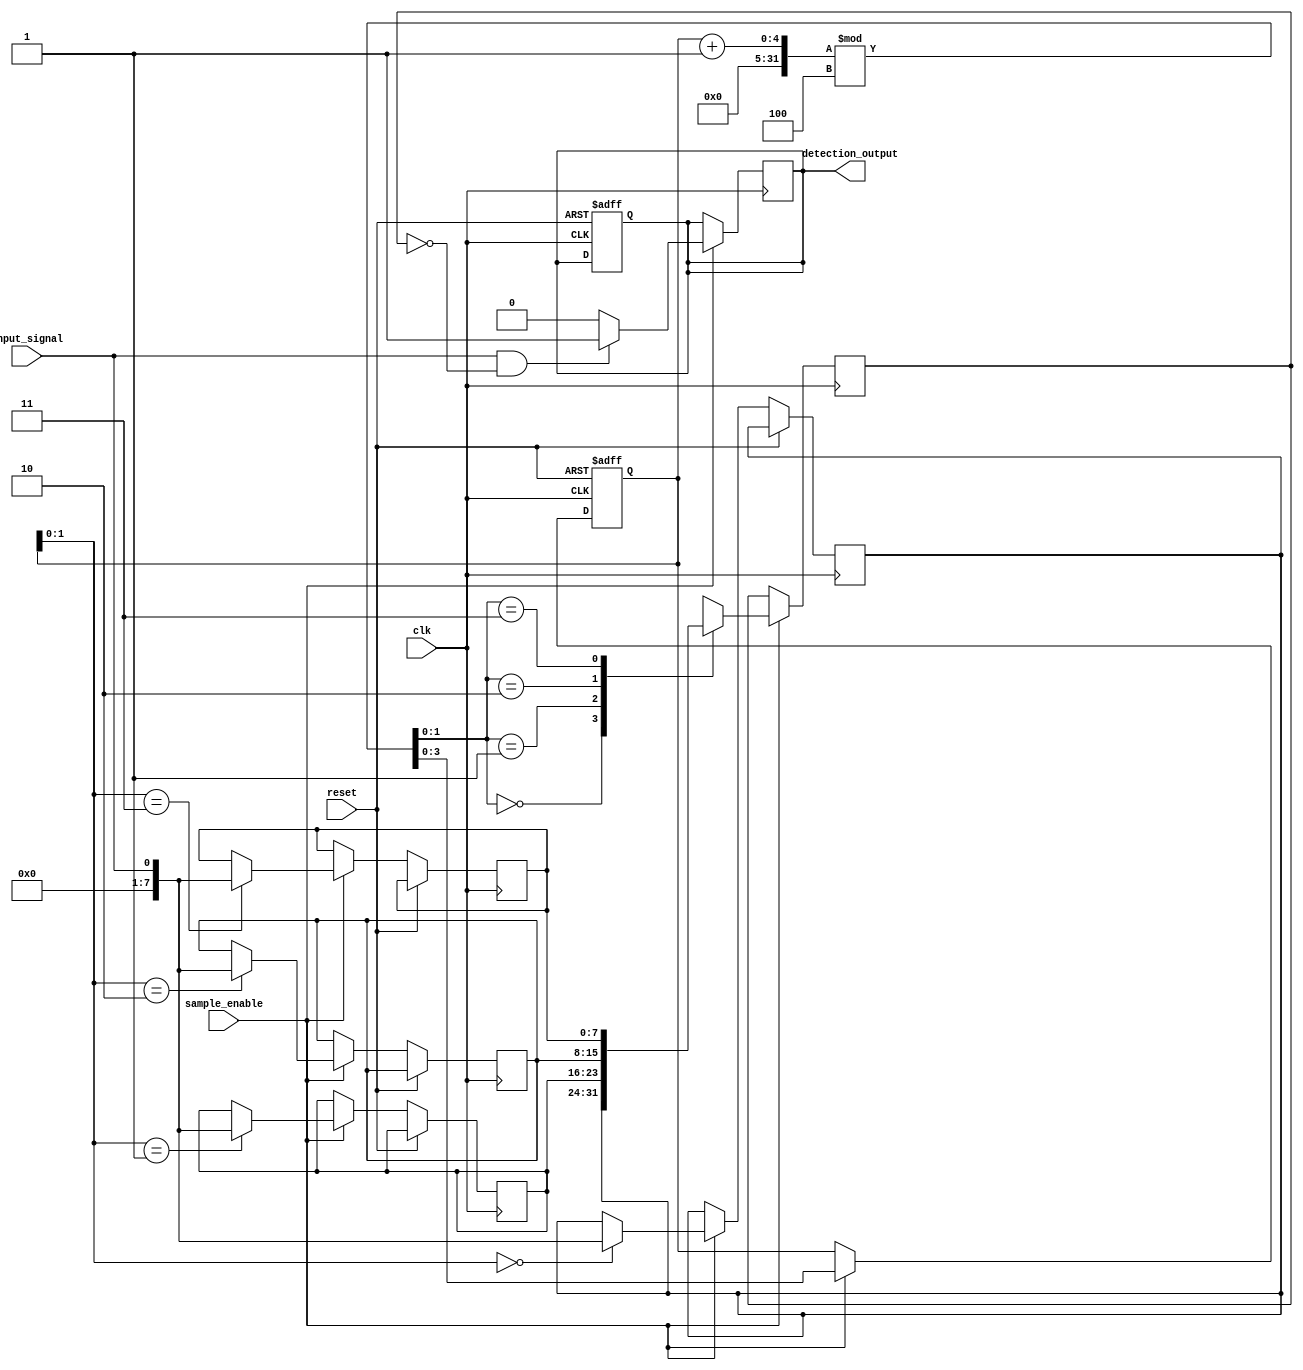
module MemoryBlocksSamplingDelayLineDetector #(
    parameter SAMPLE_DEPTH = 8, // Number of samples to store
    parameter DELAY_LENGTH = 4   // Length of the delay line
)(
    input wire clk,              // Clock signal
    input wire reset,            // Reset signal
    input wire sample_enable,     // Enable signal for sampling
    input wire input_signal,      // Input signal to be sampled
    output reg detection_output    // Output signal indicating detection result
);

    // Memory blocks to store sampled values
    reg [SAMPLE_DEPTH-1:0] memory [0:DELAY_LENGTH-1];
    reg [SAMPLE_DEPTH-1:0] current_sample;
    reg [3:0] sample_index;      // Index for current sample

    // Sampling Module
    always @(posedge clk or posedge reset) begin
        if (reset) begin
            sample_index <= 0;
            detection_output <= 0;
        end else if (sample_enable) begin
            // Store the current sample in memory
            memory[sample_index] <= input_signal;
            sample_index <= (sample_index + 1) % DELAY_LENGTH; // Circular buffer
        end
    end

    // Delay Line
    reg [SAMPLE_DEPTH-1:0] delayed_signal;
    always @(posedge clk) begin
        if (sample_enable) begin
            delayed_signal <= memory[(sample_index + 1) % DELAY_LENGTH]; // Get delayed signal
        end
    end

    // Comparison Unit
    always @(posedge clk) begin
        if (sample_enable) begin
            // Example detection logic: Detect rising edge
            if (input_signal && !delayed_signal) begin
                detection_output <= 1; // Rising edge detected
            end else begin
                detection_output <= 0; // No detection
            end
        end
    end

endmodule